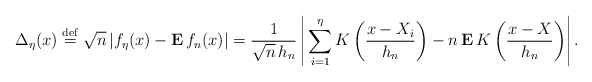
\begin{align*}\Delta _{\eta }(x)\stackrel{\rm def}{=}\sqrt{n}\left| f_{\eta }(x)-{\bf E\,}f_{n}(x)\right| =\frac{1}{\sqrt{n}\,h_{n}}\left| \,\sum_{i=1}^{\eta }K\left(\frac{x-X_{i}}{h_{n}}\right) -n\,{\bf E}\,K\left( \frac{x-X}{h_{n}}\right)\right| . \end{align*}